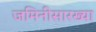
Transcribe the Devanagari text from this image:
जमिनीसारख्या